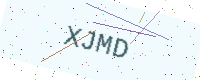
Text: XJMD